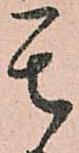
其